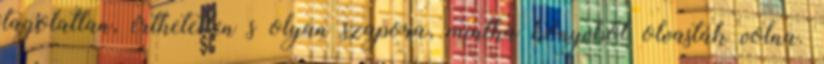
tagolatlan, érthetetlen s olyan szapora, mintha könyvből olvasták volna.